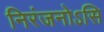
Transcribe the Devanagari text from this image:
निरंजनोऽसि